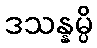
ဒသန္နမ္ပိ